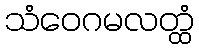
သံဝေဂမလတ္ထံ